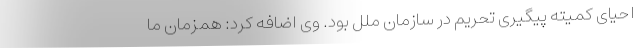
احیای کمیته پیگیری تحریم در سازمان ملل بود. وی اضافه کرد: همزمان ما